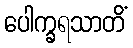
ပေါက္ခရသာတိံ